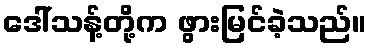
ဒေါ်သန့်တို့က ဖွားမြင်ခဲ့သည်။